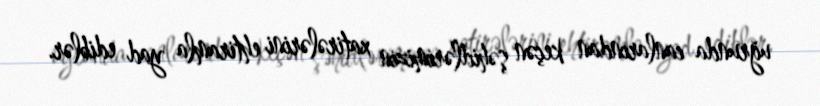
uğrunda canlarından keçən şəhidlərimizin xatirələrini ehtiramla yad ediblər.